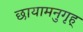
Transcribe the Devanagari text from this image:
छायामनुगृह्